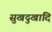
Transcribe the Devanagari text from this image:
सुखदुखादि